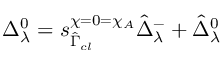
\Delta _ { \lambda } ^ { 0 } = s _ { \hat { \Gamma } _ { c l } } ^ { \chi = 0 = \chi _ { A } } \hat { \Delta } _ { \lambda } ^ { - } + \hat { \Delta } _ { \lambda } ^ { 0 }